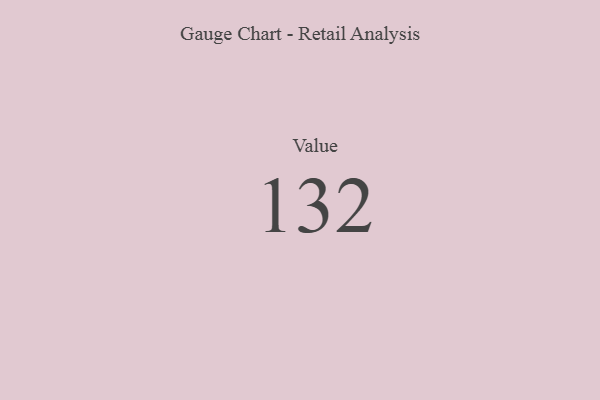
{"axis": {"x": "Metric", "y": "Value"}, "legend": [""], "data": [{"x": "Value", "y": 132, "type": ""}]}